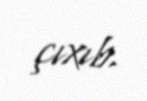
çıxıb.